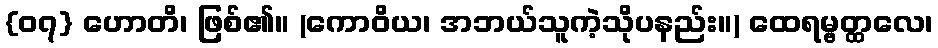
{၀၇} ဟောတိ၊ ဖြစ်၏။ (ကောဝိယ၊ အဘယ်သူကဲ့သိုပနည်း။) ထေရမ္ဗတ္ထလေ၊